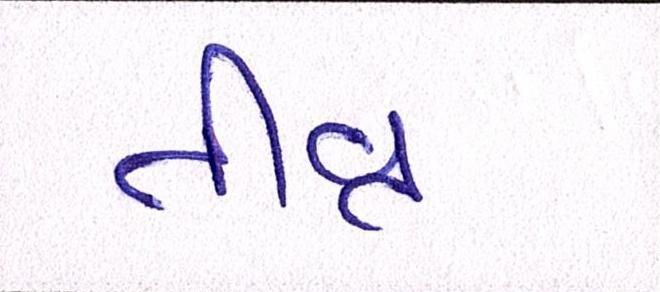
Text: તીવ્ર